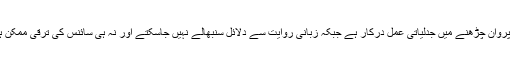
فلسفہ کو پروان چڑھنے میں جدلیاتی عمل درکار ہے جبکہ زبانی روایت سے دلائل سنبھالے نہیں جاسکتے اور نہ ہی سائنس کی ترقی ممکن ہوتی ہے۔